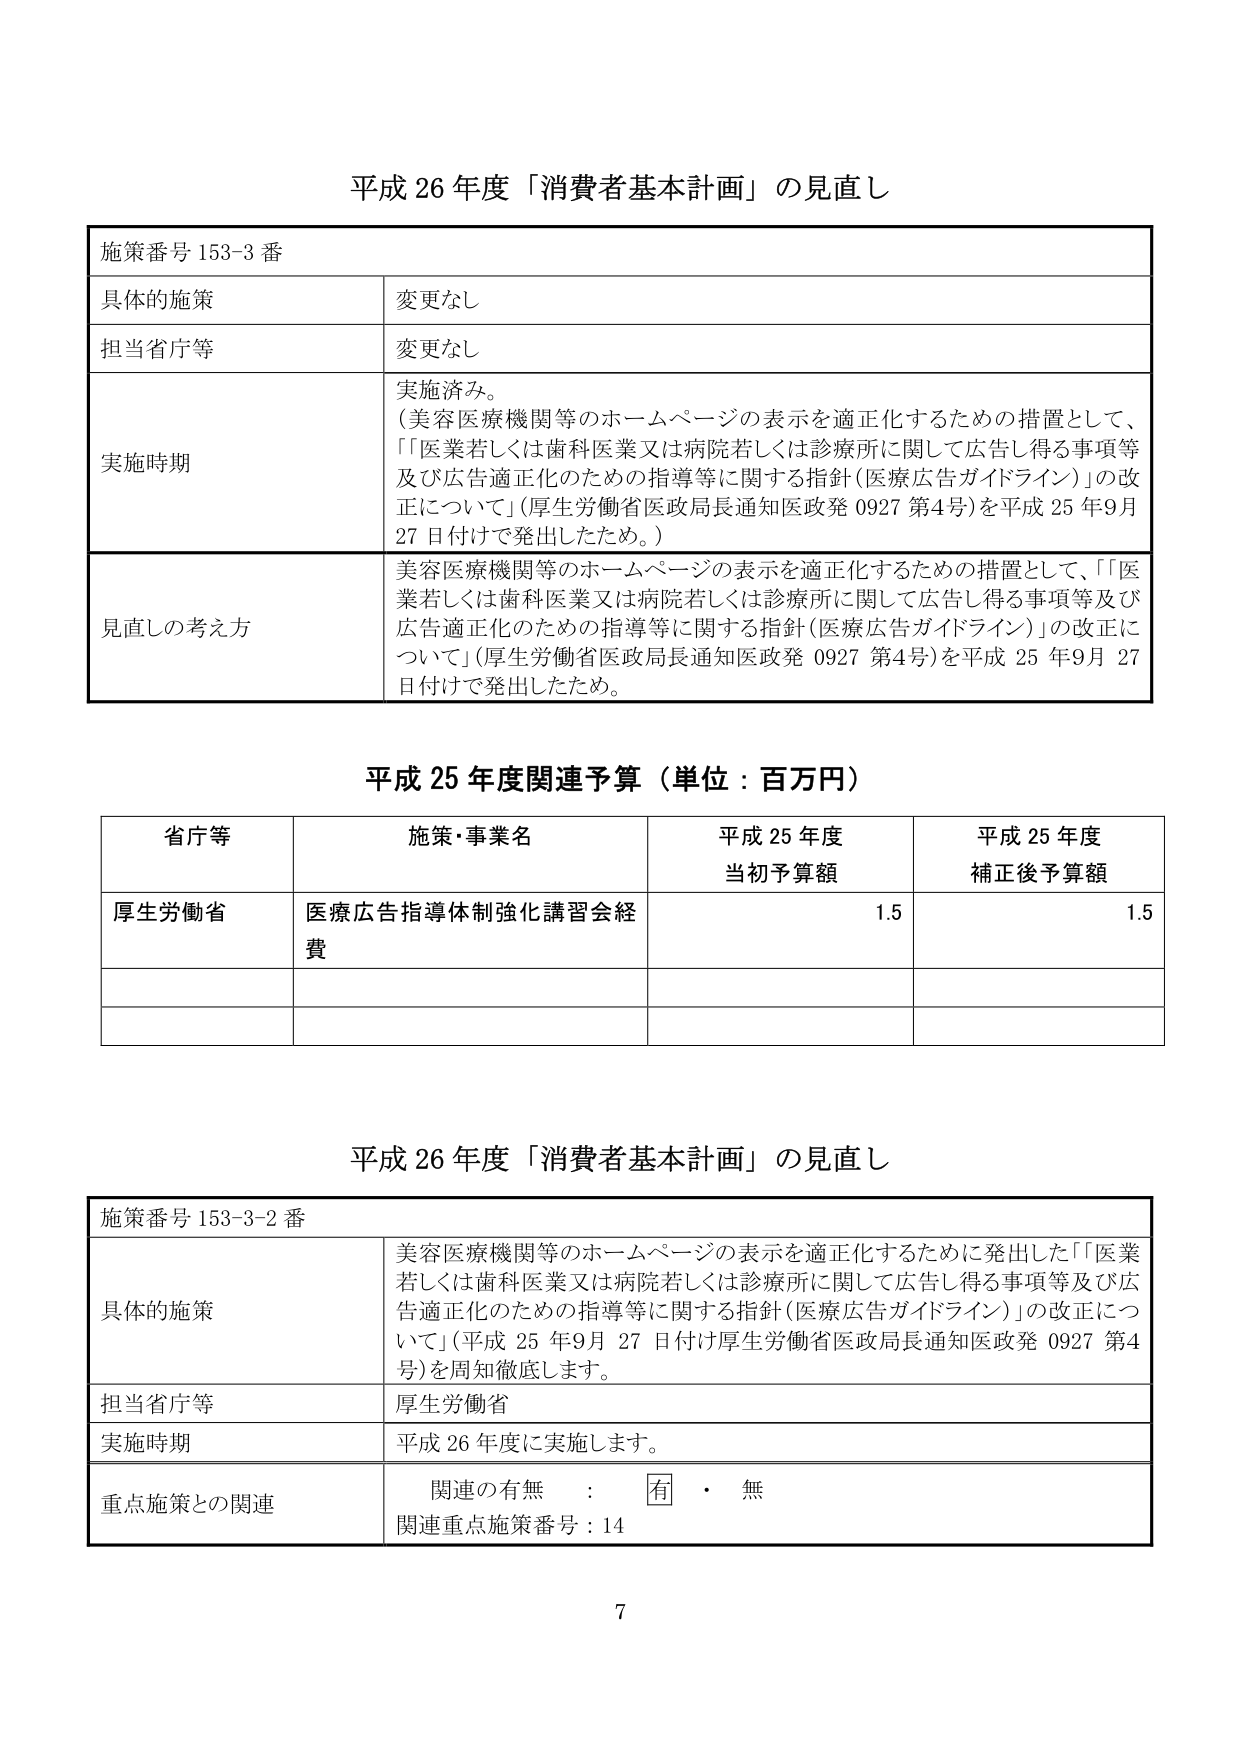
平成 26 年度「消費者基本計画」の見直し

施策番号 153-3 番

具体的施策　変更なし

担当省庁等　変更なし

実施時期　実施済み。
（美容医療機関等のホームページの表示を適正化するための措置として、
「『医業若しくは歯科医業又は病院若しくは診療所に関して広告し得る事項等
及び広告適正化のための指導等に関する指針（医療広告ガイドライン）』の改正について」
（厚生労働省医政局長通知医政発 0927 第4号）を平成 25 年9月
27 日付けで発出したため。）

見直しの考え方　美容医療機関等のホームページの表示を適正化するための措置として、「『医
業若しくは歯科医業又は病院若しくは診療所に関して広告し得る事項等及び
広告適正化のための指導等に関する指針（医療広告ガイドライン）』の改正に
ついて」（厚生労働省医政局長通知医政発 0927 第4号）を平成 25 年9月 27
日付けで発出したため。

平成 25 年度関連予算（単位：百万円）

省庁等　施策・事業名　平成 25 年度当初予算額　平成 25 年度補正後予算額

厚生労働省　医療広告指導体制強化講習会経費　1.5　1.5

平成 26 年度「消費者基本計画」の見直し

施策番号 153-3-2 番

具体的施策　美容医療機関等のホームページの表示を適正化するために発出した「『医業
若しくは歯科医業又は病院若しくは診療所に関して広告し得る事項等及び広
告適正化のための指導等に関する指針（医療広告ガイドライン）』の改正につ
いて」（平成 25 年9月 27 日付け厚生労働省医政局長通知医政発 0927 第4
号）を周知徹底します。

担当省庁等　厚生労働省

実施時期　平成 26 年度に実施します。

重点施策との関連　関連の有無：有・無
関連重点施策番号：14

7